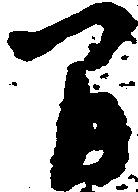
間